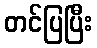
တင်ပြပြီး